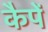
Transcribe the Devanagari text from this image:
कैपें